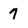
Character: 7